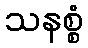
သနစ္စံ